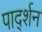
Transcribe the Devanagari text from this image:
पार्द्शन